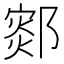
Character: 𰻻